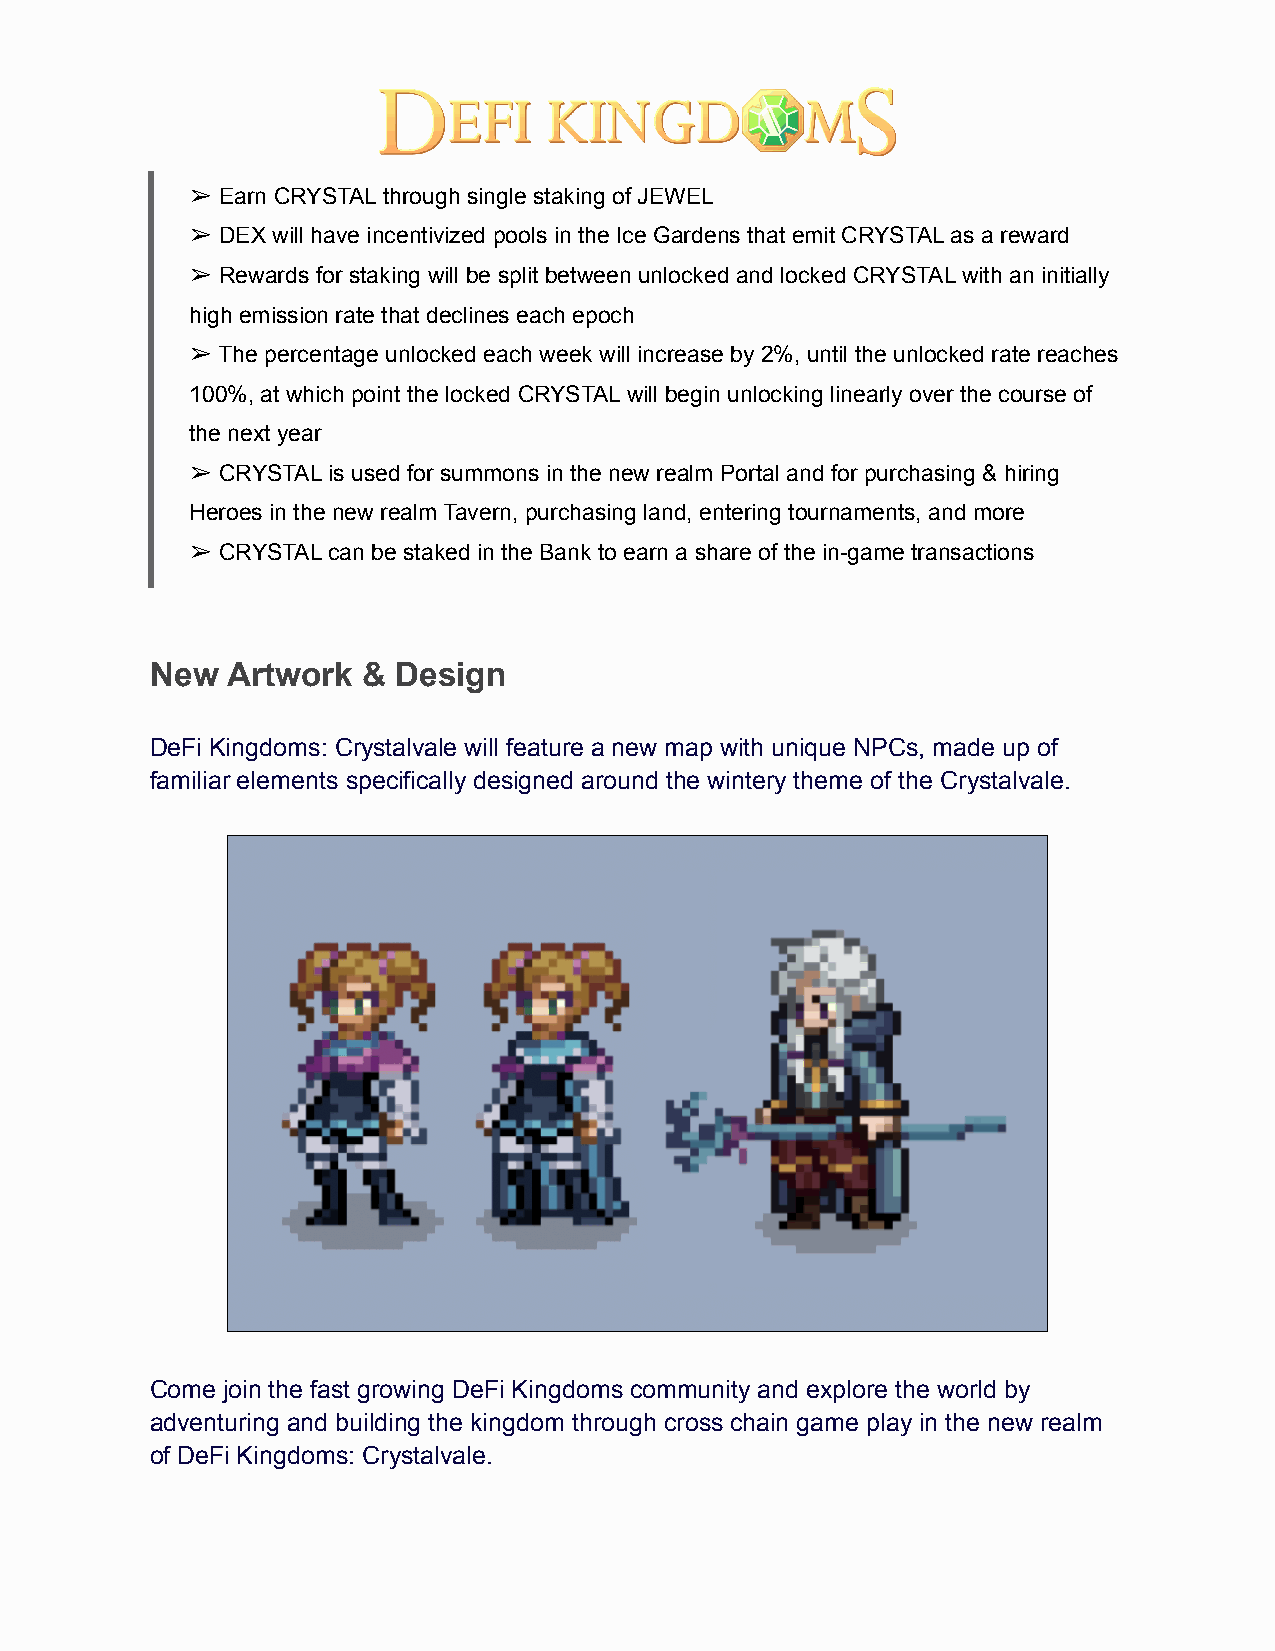
➢ Earn CRYSTAL through single staking of JEWEL
 ➢ DEX will have incentivized pools in the Ice Gardens that emit CRYSTAL as a reward
 ➢ Rewards for staking will be split between unlocked and locked CRYSTAL with an initially
 high emission rate that declines each epoch
 ➢ The percentage unlocked each week will increase by 2%, until the unlocked rate reaches
 100%, at which point the locked CRYSTAL will begin unlocking linearly over the course of
 the next year
 ➢ CRYSTAL is used for summons in the new realm Portal and for purchasing & hiring
 Heroes in the new realm Tavern, purchasing land, entering tournaments, and more
 ➢ CRYSTAL can be staked in the Bank to earn a share of the in-game transactions
 New  Artwork  & Design
 DeFi Kingdoms: Crystalvale will feature a new map with unique NPCs, made up of
 familiar elements specifically designed around the wintery theme of the Crystalvale.
 Come join the fast growing DeFi Kingdoms community and explore the world by
 adventuring and building the kingdom through cross chain game play in the new realm
 of DeFi Kingdoms: Crystalvale.